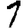
Digit: 1